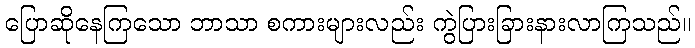
ပြောဆိုနေကြသော ဘာသာ စကားများလည်း ကွဲပြားခြားနားလာကြသည်။